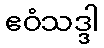
ဧဝံသဒ္ဒါ